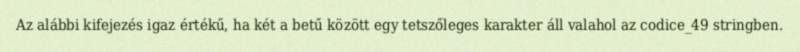
Az alábbi kifejezés igaz értékű, ha két a betű között egy tetszőleges karakter áll valahol az codice_49 stringben.